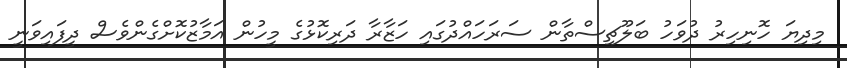
މިދިޔަ ހޮނިހިރު ދުވަހު ބަލޫޗިސްތާން ސަރަހައްދުގައި ހަޒާރާ ދަރިކޮޅުގެ މީހުން އަމާޒުކޮށްގެންވެސް ދީފައިވަނީ